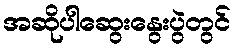
အဆိုပါဆွေးနွေးပွဲတွင်